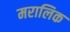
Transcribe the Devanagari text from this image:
मरालिक